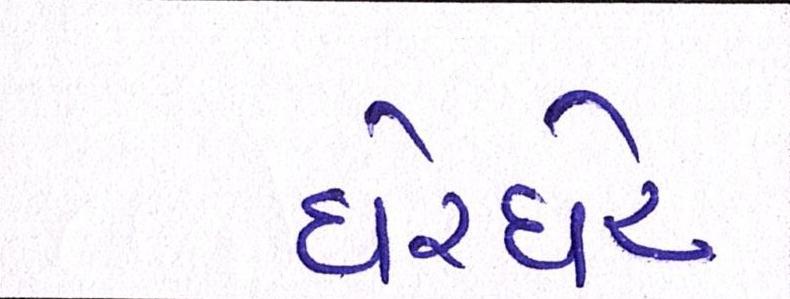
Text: ઘેરઘેર